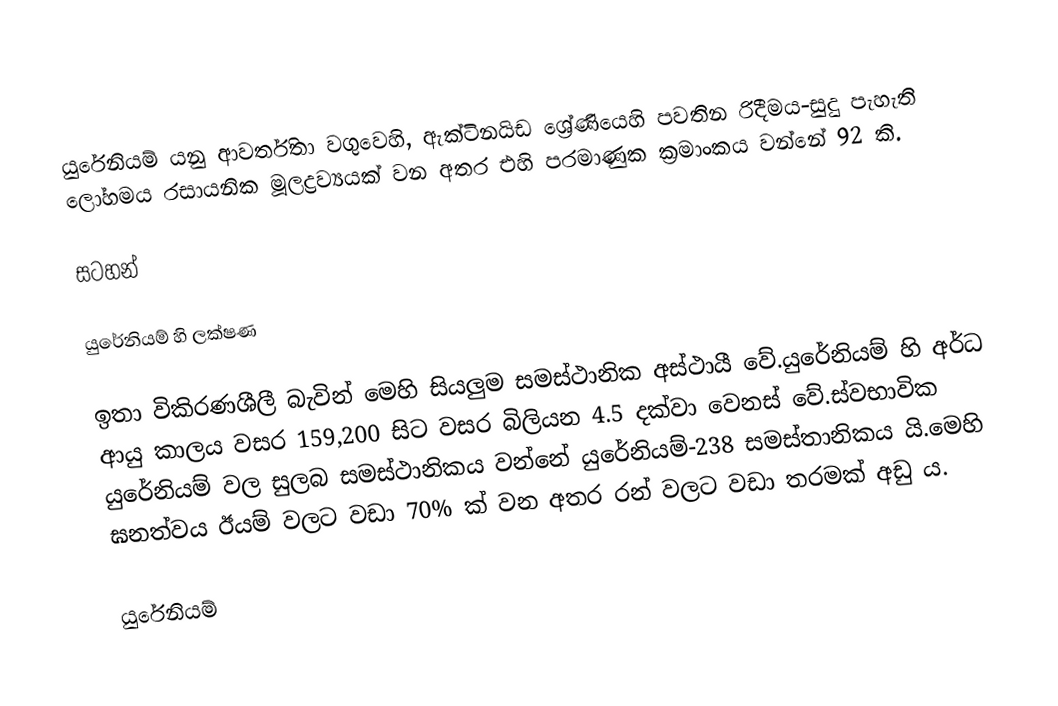
යුරේනියම් යනු   ආවර්තිතා වගුවෙහි, ඇක්ටිනයිඩ ශ්‍රේණියෙහි  පවතින රිදීමය-සුදු පැහැති  ලෝහමය රසායනික මූලද්‍රව්‍යයක් වන අතර එහි  පරමාණුක ක්‍රමාංකය වන්නේ 92 කි.

සටහන්

යුරේනියම් හි ලක්ෂණ

ඉතා විකිරණශීලී බැවින් මෙහි සියලුම සමස්ථානික අස්ථායී වේ.යුරේනියම් හි අර්ධ ආයු කාලය වසර 159,200 සිට වසර බිලියන 4.5 දක්වා වෙනස් වේ.ස්වභාවික යුරේනියම් වල සුලබ සමස්ථානිකය වන්නේ යුරේනියම්-238 සමස්තානිකය යි.මෙහි ඝනත්වය ඊයම් වලට වඩා 70% ක් වන අතර රන් වලට වඩා තරමක් අඩු ය.

යුරේනියම්